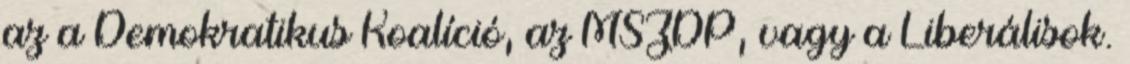
az a Demokratikus Koalíció, az MSZDP, vagy a Liberálisok.